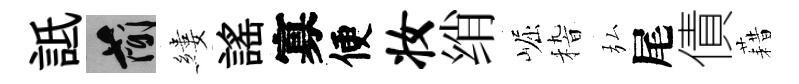
詆簡縷謡寡便妆绡崛𥟵弘尾債藉